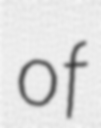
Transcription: of